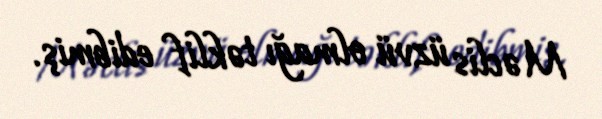
Məclis üzvü olmağı təklif edibmiş.